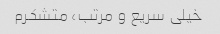
خیلی سریع و مرتب، متشکرم